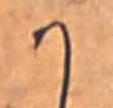
か